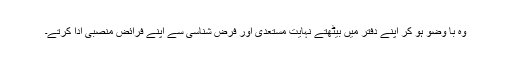
وہ با وضو ہو کر اپنے دفتر میں بیٹھتے نہایت مستعدی اور فرض شناسی سے اپنے فرائض منصبی ادا کرتے۔